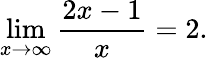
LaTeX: \operatorname*{lim}_{x\to\infty}{\frac{2x-1}{x}}=2.